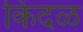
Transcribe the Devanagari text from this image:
किंदळ